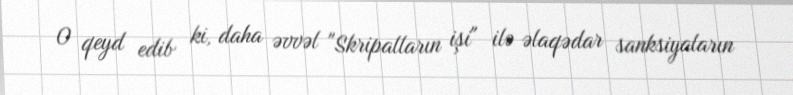
O qeyd edib ki, daha əvvəl "Skripalların işi" ilə əlaqədar sanksiyaların